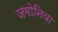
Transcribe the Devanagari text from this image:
जमोनिया